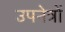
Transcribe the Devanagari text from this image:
उपनेत्रों